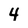
Character: 4